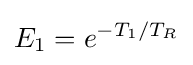
E_{1}=e^{-T_{1}/T_{R}}